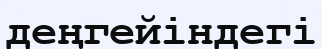
деңгейіндегі